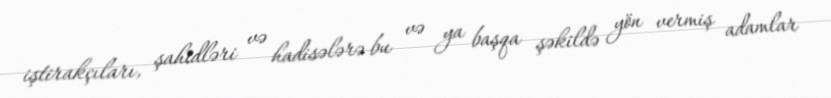
iştirakçıları, şahidləri və hadisələrə bu və ya başqa şəkildə yön vermiş adamlar